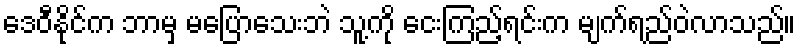
ဒေဝီနိုင်က ဘာမှ မပြောသေးဘဲ သူ့ကို ငေးကြည့်ရင်းက မျက်ရည်ဝဲလာသည်။